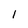
Character: l